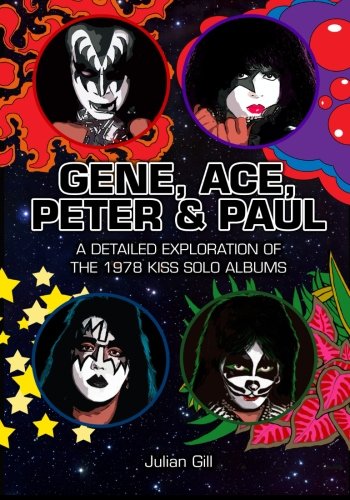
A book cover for Gene, Ace, Peter & Paul: A detailed exploration of the 1978 KISS solo albums; Julian Gill; Arts & Photography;